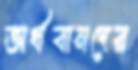
অর্থবানদের